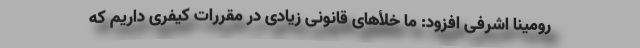
رومینا اشرفی افزود: ما خلأهای قانونی زیادی در مقررات کیفری داریم که